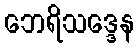
ဘေရိသဒ္ဒေန